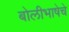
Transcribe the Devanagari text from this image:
बोलीभाषेचे